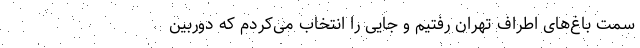
سمت باغ‌های اطراف تهران رفتیم و جایی را انتخاب می‌کردم که دوربین